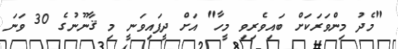
"މެދު މިންވަރަކަށް ބައިވެރިވި މީހާ" އަށް ދީފައިވަނީ މި ޤާނޫނުގެ 30 ވަނަ